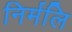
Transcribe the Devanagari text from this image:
निर्मलि